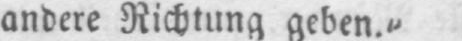
andere Richtung geben.“